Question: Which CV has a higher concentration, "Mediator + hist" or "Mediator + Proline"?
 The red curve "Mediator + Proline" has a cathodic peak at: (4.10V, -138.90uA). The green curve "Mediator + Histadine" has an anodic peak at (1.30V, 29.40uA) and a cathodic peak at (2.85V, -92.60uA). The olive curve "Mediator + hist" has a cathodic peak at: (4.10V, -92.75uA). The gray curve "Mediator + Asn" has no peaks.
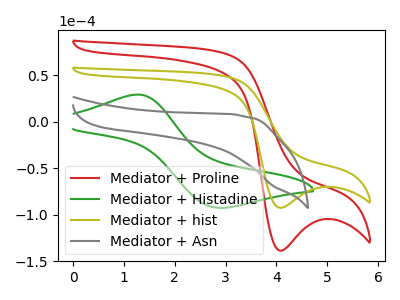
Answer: <think>All the peaks in "Mediator + hist" have a peak in "Mediator + Proline" at the same potential. Every peak in "Mediator + hist" is lower than every peak in "Mediator + Proline".
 </think>
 <answer>"Mediator + hist" has less signal than "Mediator + Proline" and so likely has a lower concentration.</answer>
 <eval>less_concentration</eval>